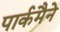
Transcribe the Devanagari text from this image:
पार्कमैने